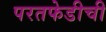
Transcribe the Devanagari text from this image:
परतफेडीची